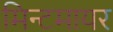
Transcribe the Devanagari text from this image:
मिन्टमायर